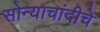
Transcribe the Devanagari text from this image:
सोन्याचांदीचे